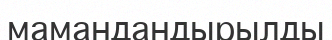
мамандандырылды